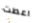
اعطت